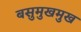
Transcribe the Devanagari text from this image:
बसुमुखमुख